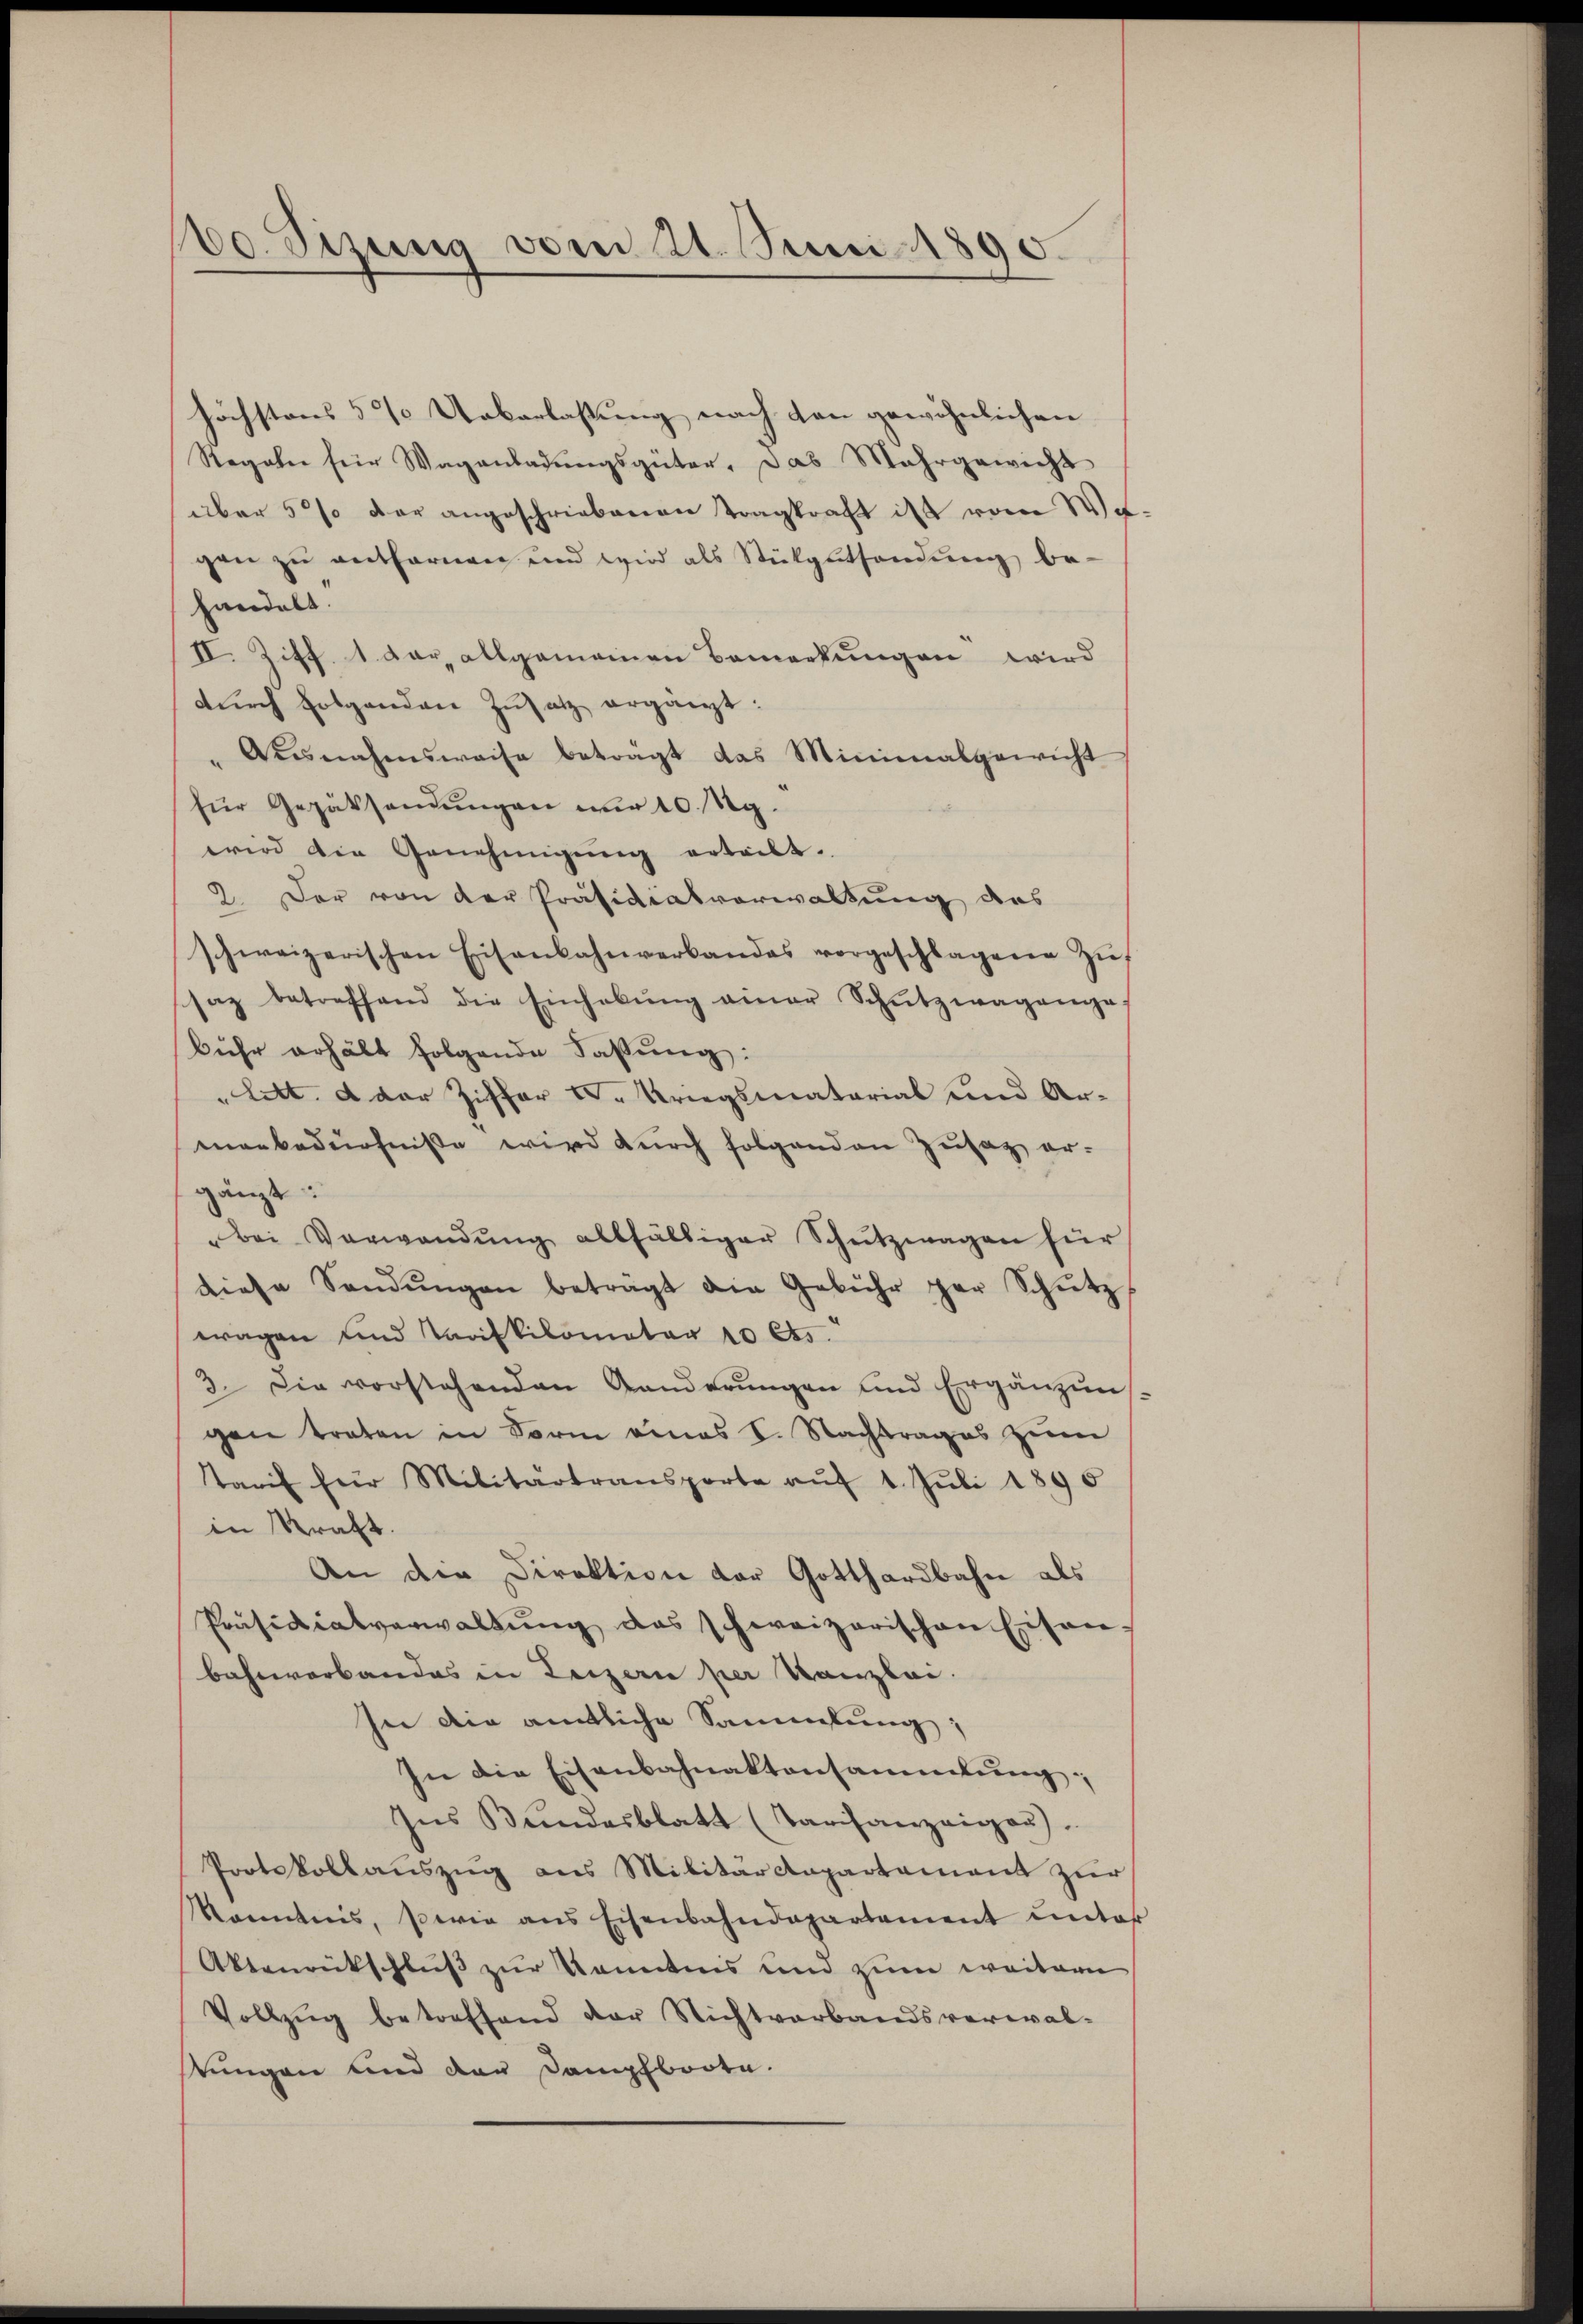
60. Sizung vom 21. Juni 1890.

höchstens 5 % Ueberlassung nach den gewöhnlichen
Regolen für Wagenladŭngsgüter, das Mehrgewicht
über 5 % der angeschriebenen Tragkraft ist vom Wi
gen zŭ entfernen und wird als Stükgethandŭng be-
handelt.
II. Ziff. 1 der allgemeinen Bemerkungen wird
dŭrch folgenden Zusatz ergänzt:
Akŭnahmsweise betragt das Minimalgericht
für Gerätsendŭngen nur 10. Rg.
wird die Genehmigŭng erteilt.
2. Der von der Präsidialverwaltung des
schweizerischen Eisenbahnverbandes vorgeschlagene Zŭ
saz betreffend die Einhabŭng einer Schŭtzwagenges
bühr erhält folgende Fassung:
Litt. a der Ziffer u. Kriegsmaterial und Armenbedürfniße wird durch folgenden Zusatz er-
gänzt:
"bei Verwandŭng allfälliger Schŭtzwagen für
diese Sandŭngen beträgt die Gebühr par Schŭtz
wagen und Tarifkilometer 10 Cts.
3. Die vorstehenden Ganderŭngen und Ergänzun
gen traten in Form eines I. Nachtrages zum
Tarif für Militärtransporte aŭf 1. Jŭli 1895
in Kraft.
An die Direktion der Gotthardbahn als
Präsidialverwaltung des schweizerischen Eisenbahnverbandes in Luzern per Kanzlei.
sei die amtliche Sammlung,
In die Eisenbahnaktansammlung:
Ins Bundesblatt (Tarifanzeiger.
Protokollaŭszŭg ans Militärdepartament zŭr
kanntnis, sowie ans Eisenbahndepartement unte
Aktenrückschluß zur Kenntnis und zum weitern
Vollzŭg betreffend der Nichtverbandsverwal-
tungen und der Dampfboote.